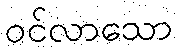
ဝင်လာသော